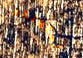
أسلحتكم